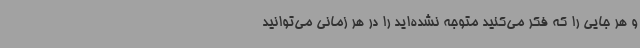
و هر جایی را که فکر می‌کنید متوجه نشده‌اید را در هر زمانی می‌توانید